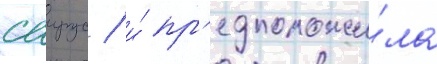
саирус / и́ пр'едположи́ла